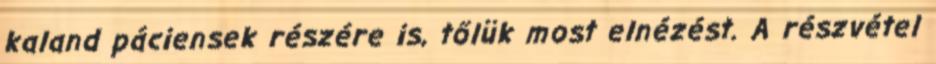
kaland páciensek részére is, tőlük most elnézést. A részvétel